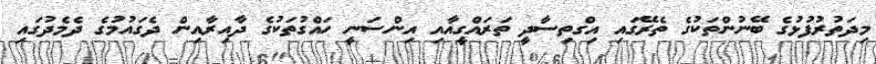
މިދަތުރުފުޅުގެ ބޭނުންތަކުގެ ތެރޭގައި އިގްތިސާދީ ތަރައްގީއާއި އިންސަނީ ހައްގުތަކުގެ ދާއިރާއިން ދެގައުމުގެ ދެމެދުގައި